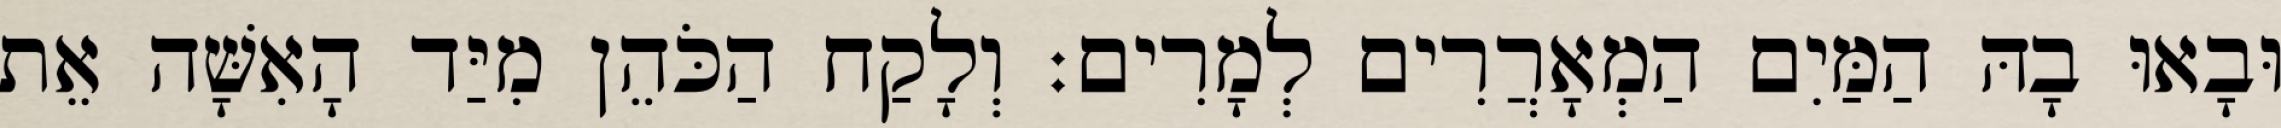
וּבָאוּ בָהּ הַמַּיִם הַמְאָרֲרִים לְמָרִים׃ וְלָקַח הַכֹּהֵן מִיַּד הָאִשָּׁה אֵת